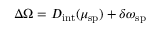
\Delta \Omega = D _ { \mathrm { i n t } } ( \mu _ { \mathrm { s p } } ) + \delta \omega _ { \mathrm { s p } }